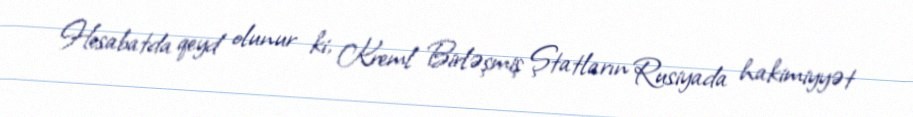
Hesabatda qeyd olunur ki, Kreml Birləşmiş Ştatların Rusiyada hakimiyyət